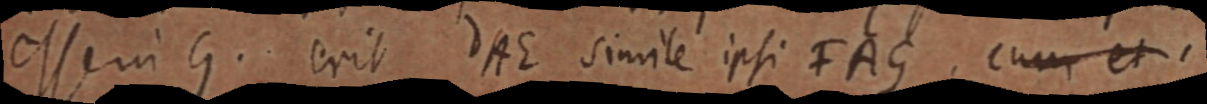
esse in G. erit dAE simile ipsi FAG, cum et